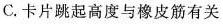
C. 卡片跳起高度与橡皮筋有关